Lunatic asylums Central Provinces reports 1874-1885 - 1874-1885
Year: 1874
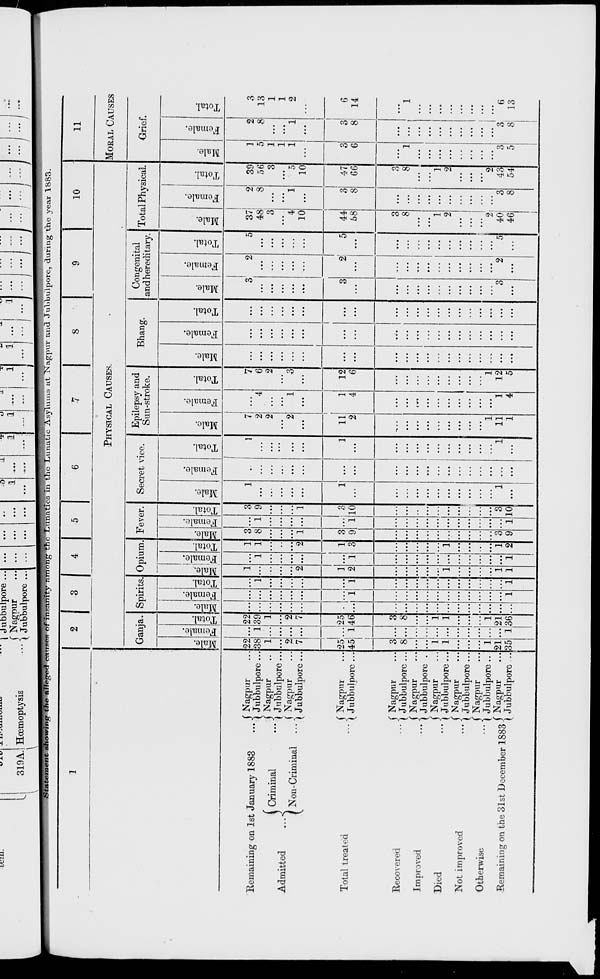
Statement showing
the alleged causes of insanity
among the Lunatics in the Lunatic Asylums at Nagpur and Jubbulpore, during the year 1883.
1
Remaining on 1st January 1883 ...
Admitted
...
Criminal
...
Non-Criminal
...
Total treated ...
Recovered ...
Improved ...
Died ...
Not improved ...
Otherwise ...
Remaining on the 31st December 1883
Nagpur ...
Jubbulpore ...
Nagpur ...
Jubbulpore ...
Nagpur ...
Jubbulpore ...
Nagpur ...
Jubbulpore ...
Nagpur ...
Jubbulpore ...
Nagpur ...
Jubbulpore ...
Nagpur ...
Jubbulpore ...
Nagpur ...
Jubbulpore ...
Nagpur ...
Jubbulpore ...
Nagpur ...
Jubbulpore ...
2
3
4
5
6
7
8
9
10
PHYSICAL CAUSES.
Ganja.
Male.
22
38
1
...
2
7
25
45
3
8
...
...
1
1
...
...
...
1
21
35
Female.
...
1
...
...
...
...
...
1
...
...
...
...
...
...
...
...
...
...
...
1
Total.
22
39
1
...
2
7
25
46
3
8
...
...
1
1
...
...
...
1
21
36
Spirits.
Male.
...
...
...
...
...
...
...
...
...
...
...
...
...
...
...
...
...
...
...
...
Female.
...
...
...
...
...
...
...
1
...
...
...
...
...
...
...
...
...
...
...
1
Total.
...
1
...
...
...
...
...
1
...
...
...
...
...
...
...
...
...
...
...
1
Opium.
Male.
1
...
...
...
...
2
1
2
...
...
...
...
...
1
...
...
...
...
1
1
Female.
...
1
...
...
...
...
...
1
...
...
...
...
...
...
...
...
...
...
...
1
Total.
1
1
...
...
...
2
1
3
...
...
...
...
...
1
...
...
...
...
1
2
Fever.
Male.
3
8
...
...
...
1
3
9
...
...
...
...
...
...
...
...
...
...
3
9
Female.
...
1
...
...
...
...
...
1
...
...
...
...
...
...
...
...
...
...
...
1
Total.
3
9
...
...
...
1
3
10
...
...
...
...
...
...
...
...
...
...
3
10
Secret vice.
Male.
1
...
...
...
...
...
1
...
...
...
...
...
...
...
...
...
...
...
1
...
Female.
...
...
...
...
...
...
...
...
...
...
...
...
...
...
...
...
...
...
...
...
Total.
1
...
...
...
...
...
1
...
...
...
...
...
...
...
...
...
...
...
1
...
Epilepsy and
Sun-stroke.
Male.
7
2
2
...
2
...
11
2
...
...
...
...
...
...
...
...
...
1
11
1
Female.
...
4
...
...
1
...
1
4
...
...
...
...
...
...
...
...
...
...
1
4
Total.
7
6
2
...
3
...
12
6
...
...
...
...
...
...
...
...
...
1
12
5
Bhang.
Male.
...
...
...
...
...
...
...
...
...
...
...
...
...
...
...
...
...
...
...
...
Female.
...
...
...
...
...
...
...
...
...
...
...
...
...
...
...
...
...
...
...
...
Total.
...
...
...
...
...
...
...
...
...
...
...
...
...
...
...
...
...
...
...
...
Congenital
and hereditary.
Male.
3
...
...
...
...
...
3
...
...
...
...
...
...
...
...
...
...
...
3
...
Female.
2
...
...
...
...
...
2
...
...
...
...
...
...
...
...
...
...
...
2
...
Total.
5
...
...
...
...
...
5
...
...
...
...
...
...
...
...
...
...
...
5
...
Total Physical.
Male.
37
48
3
...
4
10
44
58
3
8
...
...
1
2
...
...
...
2
40
46
Female.
2
8
...
...
1
...
3
8
...
...
...
...
...
...
...
...
...
...
3
8
Total.
39
56
3
...
5
10
47
66
3
8
...
...
1
2
...
...
...
2
43
54
11
MORAL CAUSES
Grief.
Male.
1
5
1
1
1
...
3
6
...
1
...
...
...
...
...
...
...
...
3
5
Female.
2
8
...
...
1
...
3
8
...
...
...
...
...
...
...
...
...
...
3
8
Total.
3
13
1
1
2
...
6
14
...
1
...
...
...
...
...
...
...
...
6
13